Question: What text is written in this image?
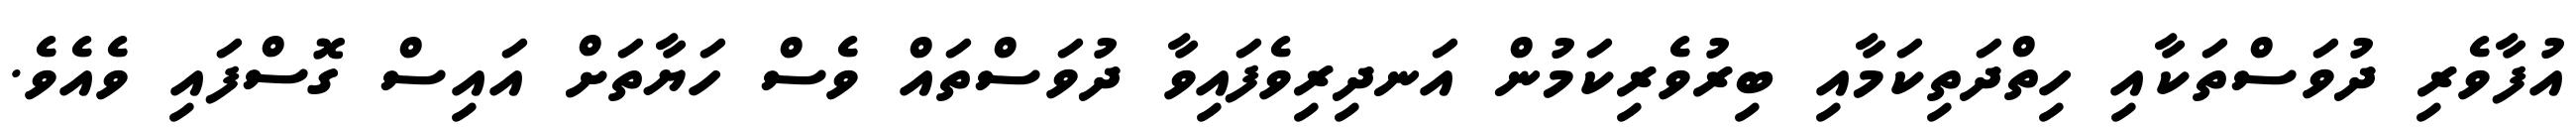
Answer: އުފާވެރި ދުވަސްތަކާއި ހިތްދަތިކަމާއި ބިރުވެރިކަމުން އަނދިރިވެފައިވާ ދުވަސްތައް ވެސް ހަޔާތަށް އައިސް ގޮސްފައި ވެއެވެ.